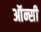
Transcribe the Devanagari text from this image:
ऑन्सी